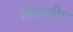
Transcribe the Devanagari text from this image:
लोचनीय